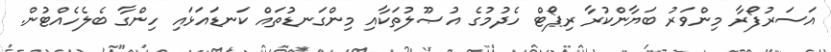
އަސަރުފޯރާ މިންވަރު ބަޔާންކުރާ ރިޕޯޓް ހެދުމުގެ އުޞޫލުތަކާއި މިންގަނޑުތައް ކަނޑައަޅައި ހިންގާ ބެލެހެއްޓުން.